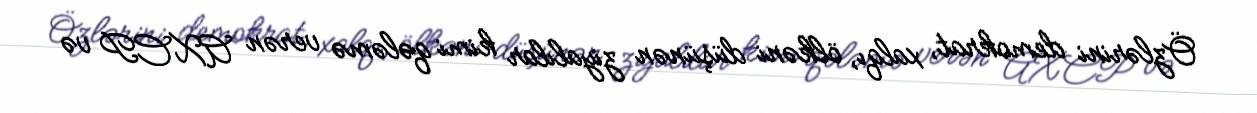
Özlərini demokrat, xalqı, ölkəni düşünən ziyalılar kimi qələmə verən AXCP və